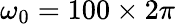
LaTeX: \omega_{0}=100\times 2\pi